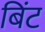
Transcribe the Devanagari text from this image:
बिंट